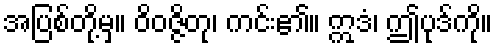
အပြစ်တို့မှ။ ဝိဝဇ္ဇိတု၊ ကင်း၏။ ဣဒံ၊ ဤပုဒ်ကို။